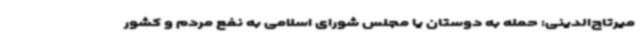
میرتاج‌الدینی: حمله به دوستان یا مجلس شورای اسلامی به نفع مردم و کشور